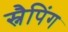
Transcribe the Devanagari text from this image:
स्नैपिंग